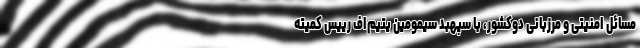
مسائل امنیتی و مرزبانی دوکشور، با سپهبد سیمومین یتیم‌اف رییس کمیته